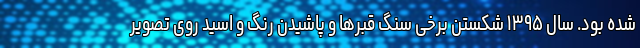
شده بود. سال ۱۳۹۵ شکستن برخی سنگ قبرها و پاشیدن رنگ و اسید روی تصویر